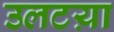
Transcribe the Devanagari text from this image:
उलटय़ा